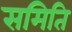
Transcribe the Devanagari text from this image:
समिति